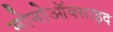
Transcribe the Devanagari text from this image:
मोनोऑक्साइद